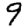
Digit: 9